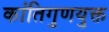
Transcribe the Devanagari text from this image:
कांतिगुणयुक्त